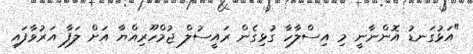
"އަޅުގަނޑު އޮންނާނީ މި އިސްލާހާ ގުޅިގެން ރައީސުލް ޖުމްހޫރިއްޔާ އަށް ލަފާ އަރުވާފައި